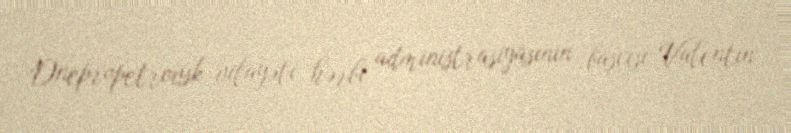
Dnepropetrovsk vilayəti hərbi administrasiyasının başçısı Valentin